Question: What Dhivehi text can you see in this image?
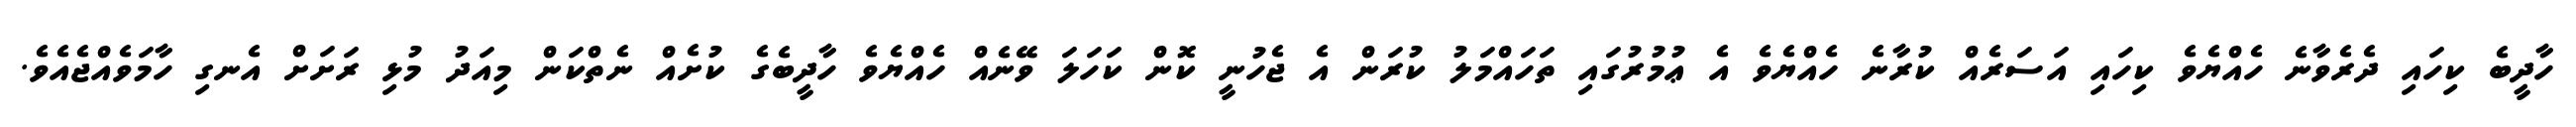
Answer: ހާދީބެ ކިހައި ދެރެވާނެ ހެއްޔެވެ ކިހައި އަސަރެއް ކުރާނެ ހެއްޔެވެ އެ ޢުމުރުގައި ތަހައްމަލު ކުރަން އެ ޖެހުނީ ކޮން ކަހަލަ ވޭނެއް ހެއްޔެވެ ހާދީބެގެ ކުށެއް ނެތްކަން މިއަދު މުޅި ރަށަށް އެނގި ހާމަވެއްޖެއެވެ.